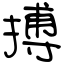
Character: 搏